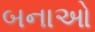
બનાઓ